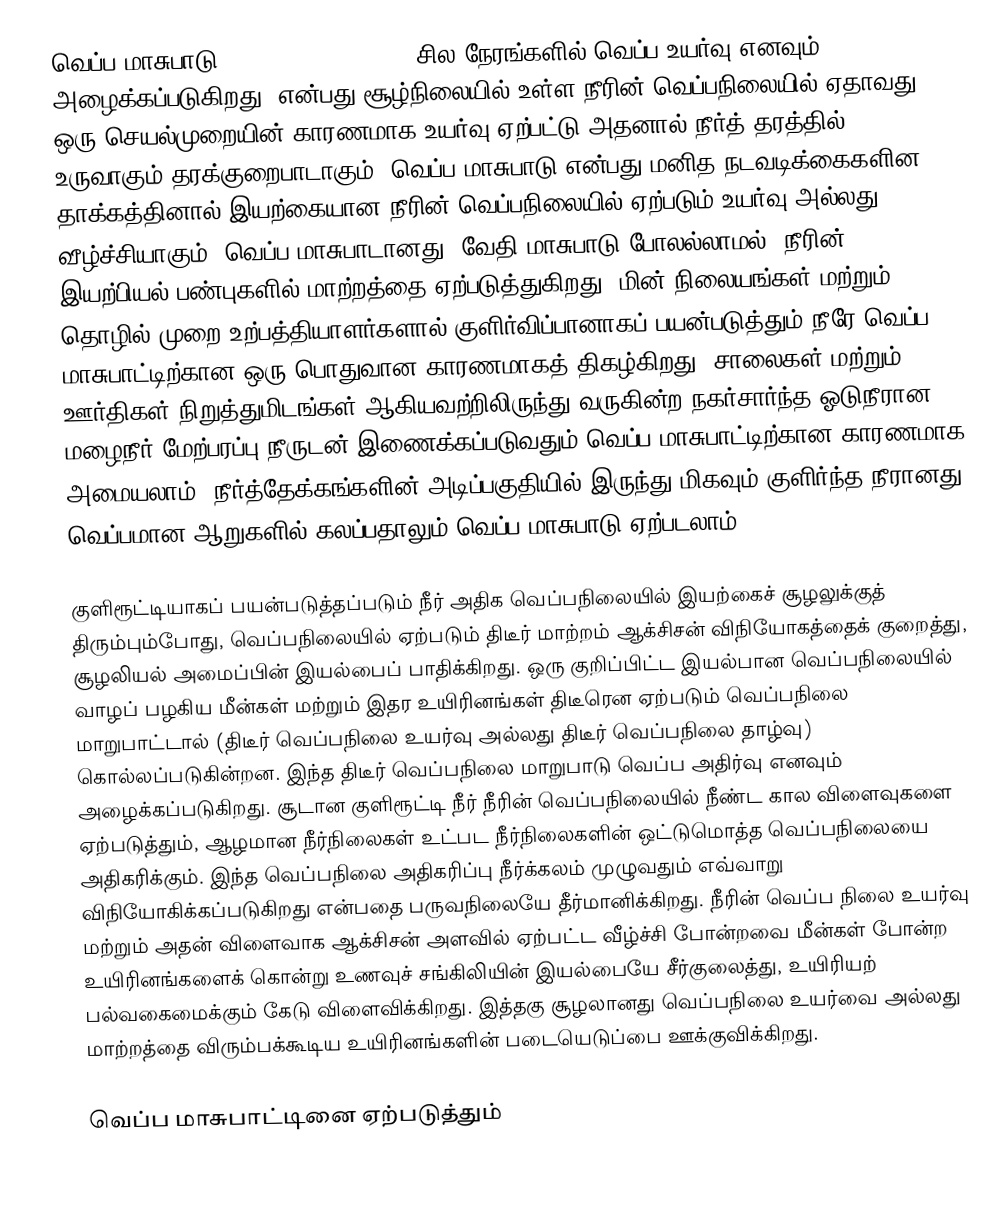
வெப்ப மாசுபாடு (Thermal pollution) (சில நேரங்களில் வெப்ப உயர்வு எனவும் அழைக்கப்படுகிறது) என்பது சூழ்நிலையில் உள்ள நீரின் வெப்பநிலையில் ஏதாவது ஒரு செயல்முறையின் காரணமாக உயர்வு ஏற்பட்டு அதனால் நீர்த் தரத்தில் உருவாகும் தரக்குறைபாடாகும். வெப்ப மாசுபாடு என்பது மனித நடவடிக்கைகளின தாக்கத்தினால் இயற்கையான நீரின் வெப்பநிலையில் ஏற்படும் உயர்வு அல்லது வீழ்ச்சியாகும். வெப்ப மாசுபாடானது, வேதி மாசுபாடு போலல்லாமல், நீரின் இயற்பியல் பண்புகளில் மாற்றத்தை ஏற்படுத்துகிறது.  மின் நிலையங்கள் மற்றும் தொழில் முறை உற்பத்தியாளர்களால் குளிர்விப்பானாகப் பயன்படுத்தும் நீரே வெப்ப மாசுபாட்டிற்கான ஒரு பொதுவான காரணமாகத் திகழ்கிறது.  சாலைகள் மற்றும் ஊர்திகள் நிறுத்துமிடங்கள் ஆகியவற்றிலிருந்து வருகின்ற நகர்சார்ந்த ஓடுநீரான மழைநீர் மேற்பரப்பு நீருடன் இணைக்கப்படுவதும் வெப்ப மாசுபாட்டிற்கான காரணமாக அமையலாம். நீர்த்தேக்கங்களின் அடிப்பகுதியில் இருந்து மிகவும் குளிர்ந்த நீரானது வெப்பமான ஆறுகளில் கலப்பதாலும் வெப்ப மாசுபாடு ஏற்படலாம்.

குளிரூட்டியாகப் பயன்படுத்தப்படும் நீர் அதிக வெப்பநிலையில் இயற்கைச் சூழலுக்குத் திரும்பும்போது, வெப்பநிலையில் ஏற்படும் திடீர் மாற்றம் ஆக்சிசன் விநியோகத்தைக் குறைத்து, சூழலியல் அமைப்பின் இயல்பைப் பாதிக்கிறது.  ஒரு குறிப்பிட்ட இயல்பான வெப்பநிலையில் வாழப் பழகிய மீன்கள் மற்றும் இதர உயிரினங்கள் திடீரென ஏற்படும் வெப்பநிலை மாறுபாட்டால் (திடீர் வெப்பநிலை உயர்வு அல்லது திடீர் வெப்பநிலை தாழ்வு) கொல்லப்படுகின்றன.  இந்த திடீர் வெப்பநிலை மாறுபாடு வெப்ப அதிர்வு எனவும் அழைக்கப்படுகிறது. சூடான குளிரூட்டி நீர் நீரின் வெப்பநிலையில் நீண்ட கால விளைவுகளை ஏற்படுத்தும், ஆழமான நீர்நிலைகள் உட்பட நீர்நிலைகளின் ஒட்டுமொத்த வெப்பநிலையை அதிகரிக்கும். இந்த வெப்பநிலை அதிகரிப்பு நீர்க்கலம்  முழுவதும் எவ்வாறு விநியோகிக்கப்படுகிறது என்பதை பருவநிலையே தீர்மானிக்கிறது.   நீரின் வெப்ப நிலை உயர்வு மற்றும் அதன் விளைவாக ஆக்சிசன் அளவில் ஏற்பட்ட வீழ்ச்சி போன்றவை மீன்கள் போன்ற உயிரினங்களைக் கொன்று உணவுச் சங்கிலியின் இயல்பையே சீர்குலைத்து, உயிரியற் பல்வகைமைக்கும் கேடு விளைவிக்கிறது.  இத்தகு சூழலானது வெப்பநிலை உயர்வை அல்லது மாற்றத்தை விரும்பக்கூடிய உயிரினங்களின் படையெடுப்பை ஊக்குவிக்கிறது.

வெப்ப மாசுபாட்டினை ஏற்படுத்தும்